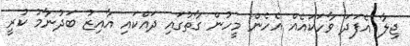
ޖިލާ އެފަދަ ވާހަކައެއް އެހެން މީހުން ގާތުގައި ދައްކައި އާއިޒު ބަދުނާމު ކުރީ